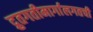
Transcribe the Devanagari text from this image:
द्रुतगतीमार्गालगतची